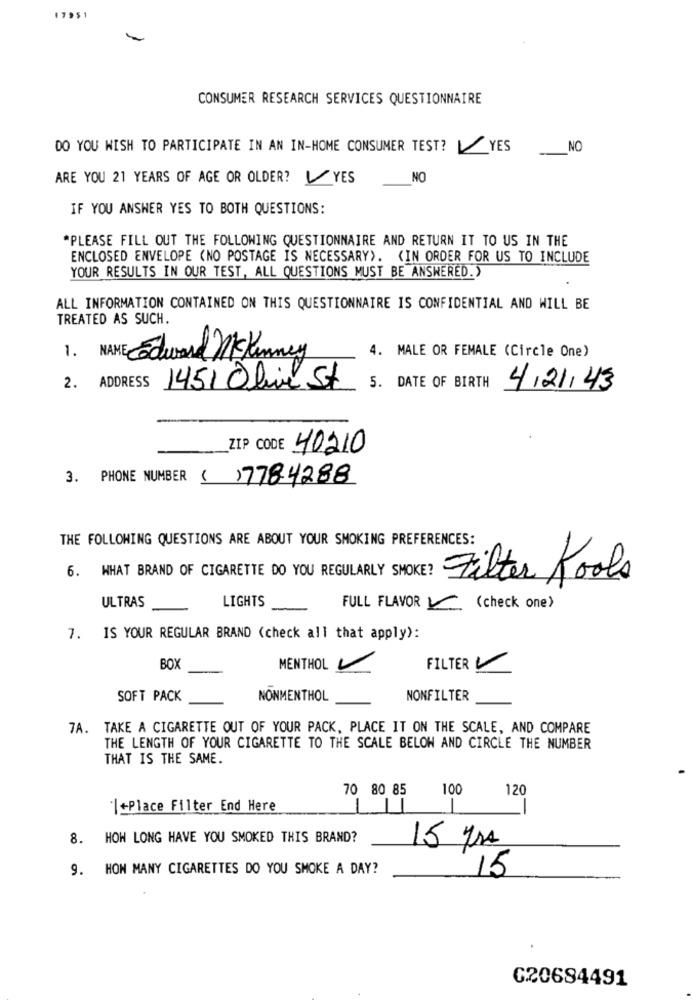
17951
CONSUMER RESEARCH SERVICES QUESTIONNAIRE
DO YOU WISH TO PARTICIPATE IN AN IN-HOME CONSUMER TEST?YES
NO
ARE YOU 21 YEARS OF AGE OR OLDER? YES
NO
IF YOU ANSWER YES TO BOTH QUESTIONS:
*PLEASE FILL OUT THE FOLLOWING QUESTIONNAIRE AND RETURN IT TO US IN THE
ENCLOSED ENVELOPE (NO POSTAGE IS NECESSARY). (IN ORDER FOR US TO INCLUDE
YOUR RESULTS IN OUR TEST, ALL QUESTIONS MUST BE ANSWERED.)
ALL INFORMATION CONTAINED ON THIS QUESTIONNAIRE IS CONFIDENTIAL AND WILL BE
TREATED AS SUCH.
1. NAME Edward Mckinney
4. MALE OR FEMALE (Circle One)
2. ADDRESS
1451 Obie St
5. DATE OF BIRTH
4/21/43
ZIP CODE 40210
3. PHONE NUMBER (
17784288
THE FOLLOWING QUESTIONS ARE ABOUT YOUR SMOKING PREFERENCES:
6. WHAT BRAND OF CIGARETTE DO YOU REGULARLY SMOKE?
Filter Tools
LIGHTS
ULTRAS
FULL FLAVOR (check one)
7. IS YOUR REGULAR BRAND (check all that apply):
BOX
MENTHOL V
FILTER
SOFT PACK
NONMENTHOL
NONFILTER
7A. TAKE A CIGARETTE OUT OF YOUR PACK, PLACE IT ON THE SCALE, AND COMPARE
THE LENGTH OF YOUR CIGARETTE TO THE SCALE BELOW AND CIRCLE THE NUMBER
THAT IS THE SAME.
70 80 85
100
120
|+Place Filter End Here
8. HOW LONG HAVE YOU SMOKED THIS BRAND?
15 yrs
9.
HOW MANY CIGARETTES DO YOU SMOKE A DAY?
15
C20684491